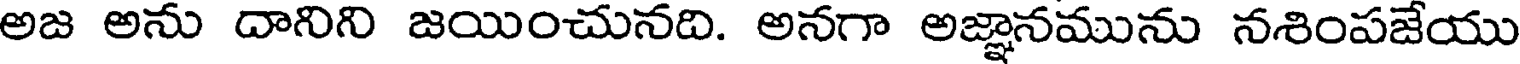
అజ అను దానిని జయించునది. అనగా అజ్ఞానమును నశింపజేయు